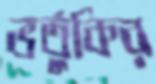
ভর্তুকির